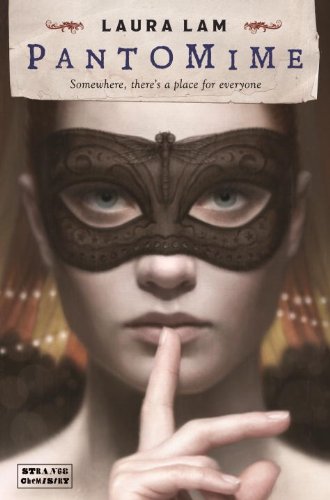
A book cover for Pantomime: Micah Grey, Book 1 (Strange Chemistry); Laura Lam; Teen & Young Adult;